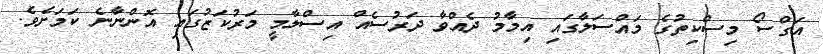
އަގްސޯ މިސްކިތުގެ މައްސަލާގައި އިމާމު ދެއްވާ ދަރުސެއް އިސްލާމީ މަރުކަޒުގައި އޮންނާނެ ކަމަށެވެ.